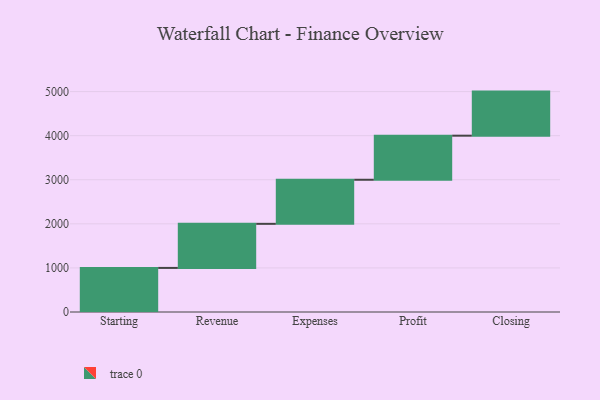
{"axis": {"x": "Step", "y": "Value"}, "legend": [""], "data": [{"x": "Starting", "y": 1000, "type": ""}, {"x": "Revenue", "y": 1000, "type": ""}, {"x": "Expenses", "y": 1000, "type": ""}, {"x": "Profit", "y": 1000, "type": ""}, {"x": "Closing", "y": 1000, "type": ""}]}